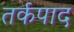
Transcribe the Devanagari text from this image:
तर्कपाद